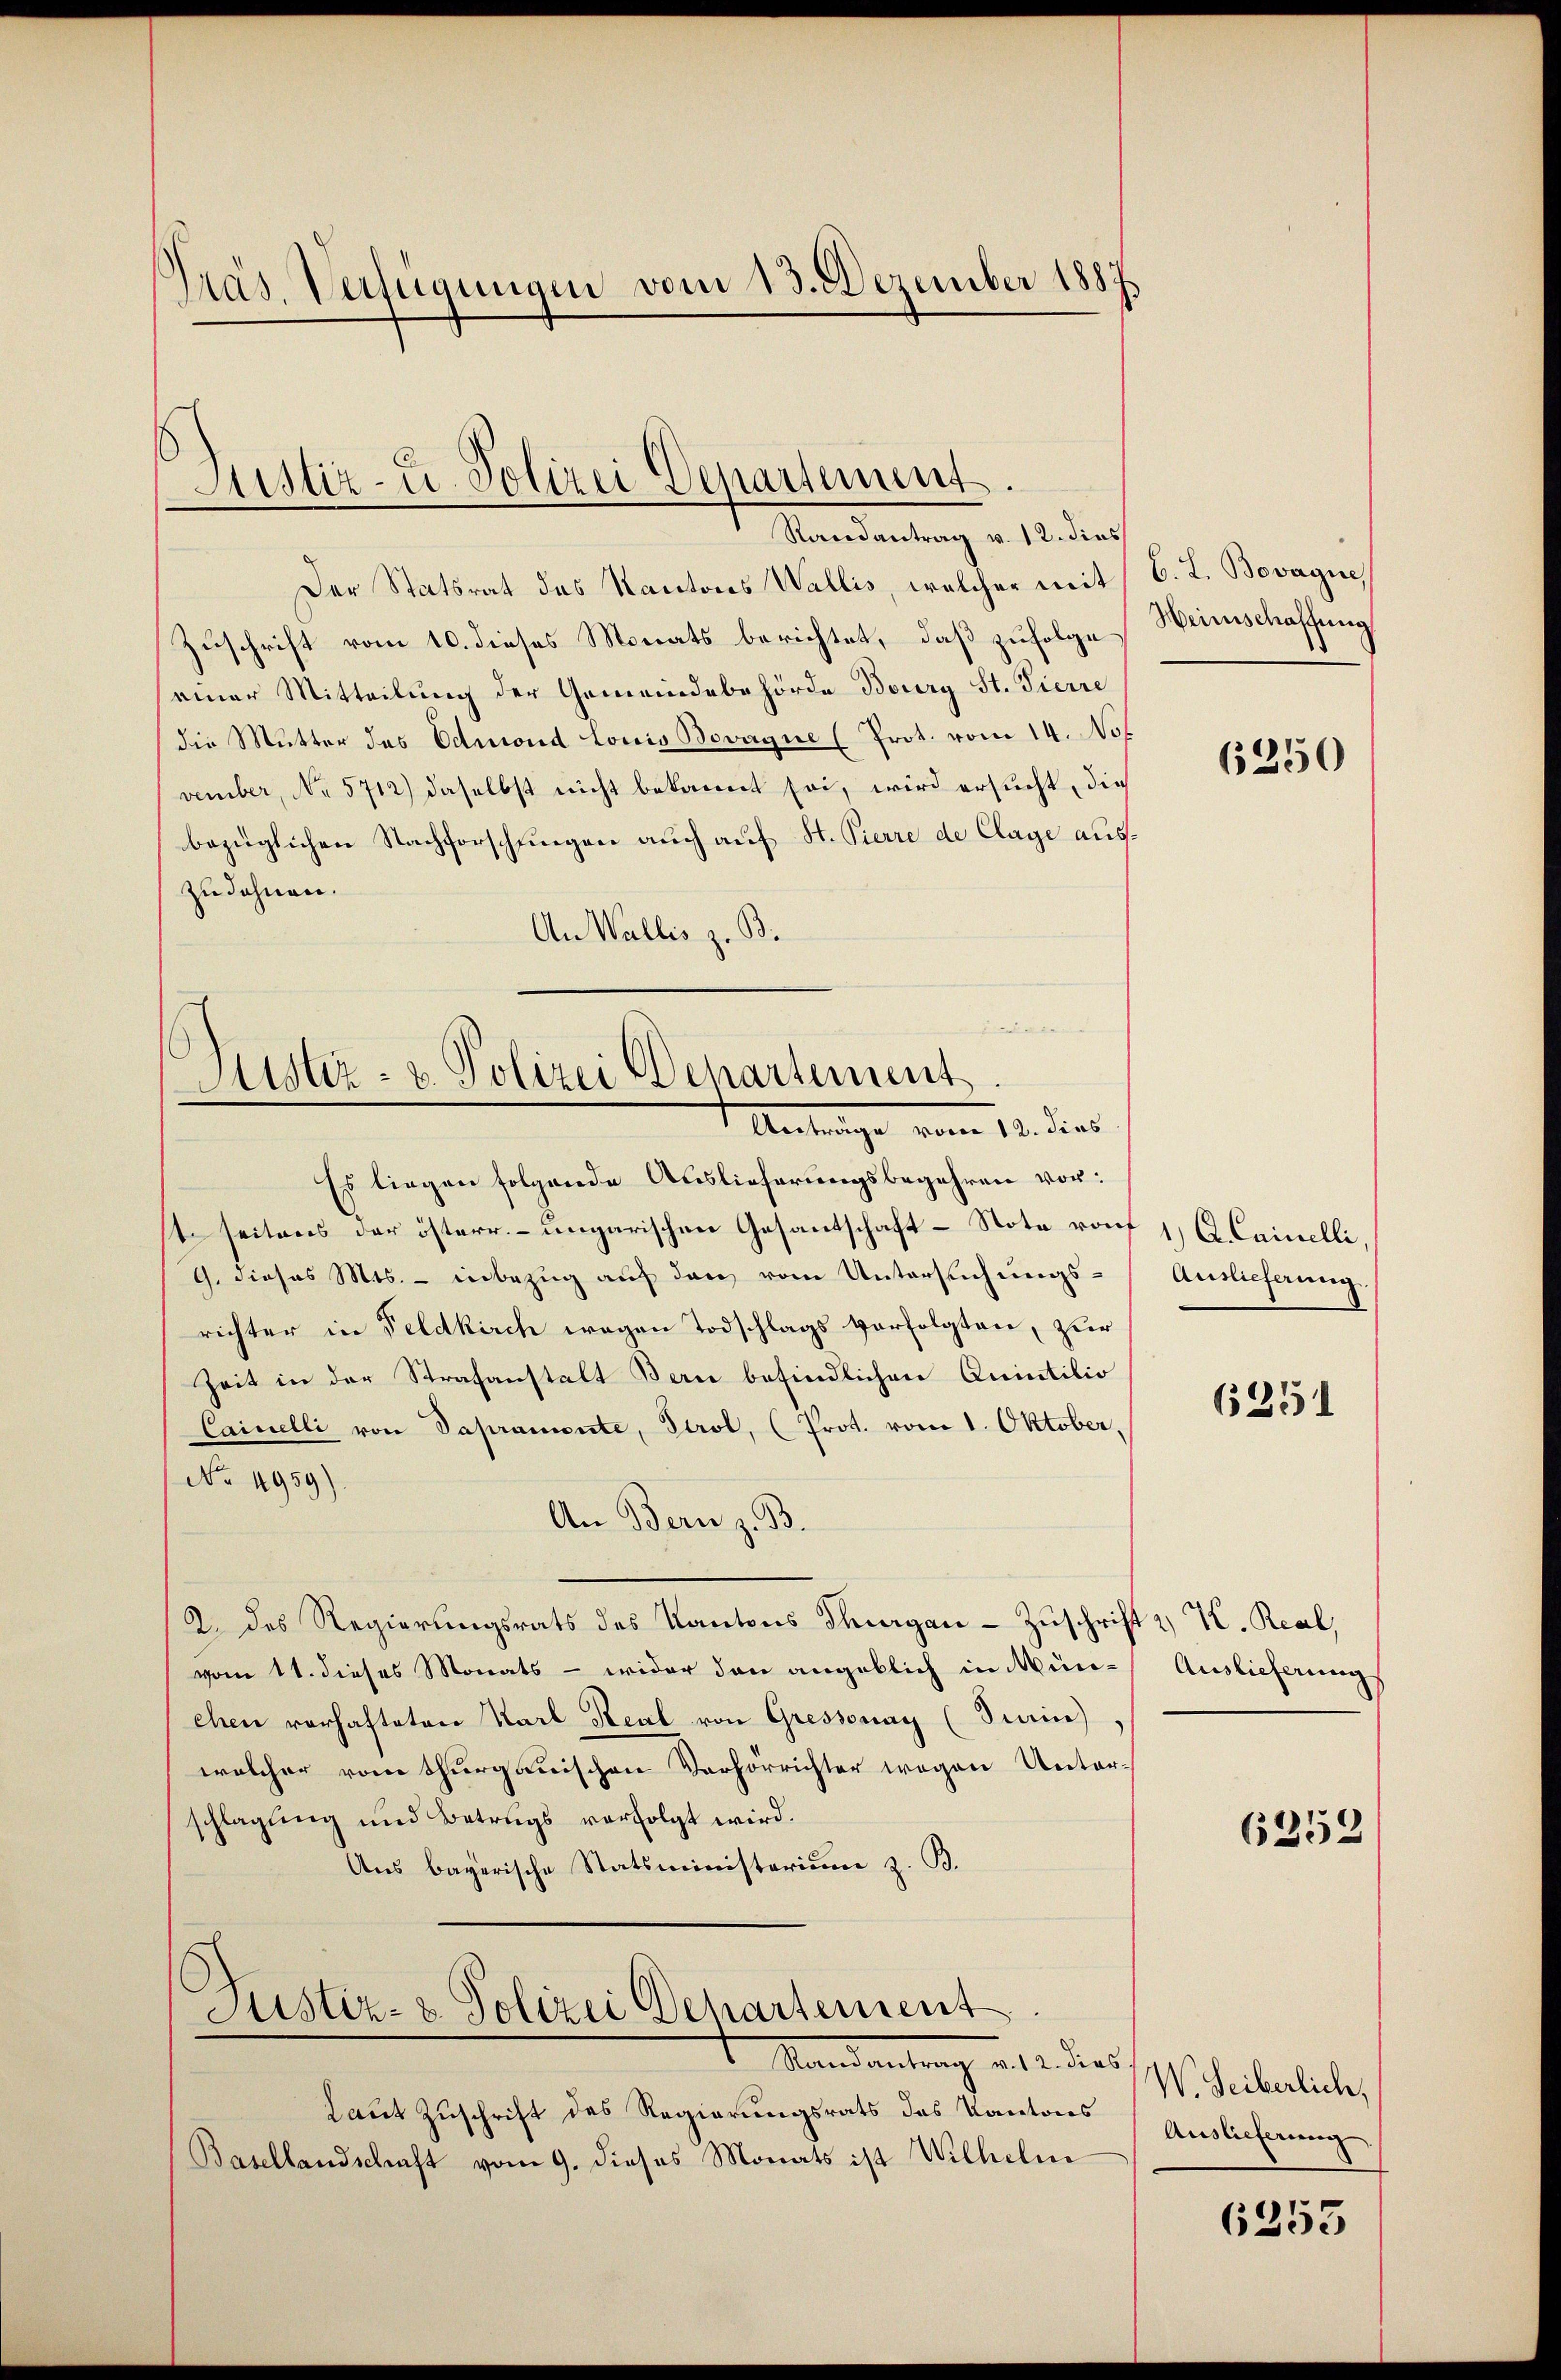
Präs. Verfügungen vom 13. Dezember 1887

Justiz- u. Polizei Departement.
Randantrag v. 12. dies

Der Statsrat des Kantons Wallis, welcher mit 6. J. Bovague,
Zuschrift vom 10. dieses Monats berichtet, daß zufolge
einer Mitteilung der Gemeindebehörde Boury St. Tierre
die Mutter des Edmond Louis Bevagne (Prot. vom 14. Not
vember, No 5712) daselbst nicht bekannt sei, wird ersucht, die
bezüglichen Nachforschungen auch auf St. Pierre de Clage auszudehnen.
An Wallis z. B.

Justiz- u. Polizei Departement
Antrage vom 10. dies

Es liegen folgende Auslieferungsbegehren vor:
t seitens der österr. ungarischen Gesantschaft - Note rauf 1, C. Cainelli
G. dieses Mts. - inbezug auf den vom Untersuchungsrichter in Feldkirch wegen Todschlags verfolgten, zur
Zeit in der Strafanstalt Bern befindlichen Quintilio
Cainelli von Sapramente, Tirol, (Prot. vom 1. Oktober,
No 4959).
An Bern z. B.
2. des Regierungsrats des Kantons Thurgan - Zuschrift 2 K. Real,
vom 11. dieses Monats - wider den angeblich in Mün- Auslieferungs
ehen vorhafteten Karl Real von Gressonay (Turin)
welcher vom Thurgauischen Verhörrichter wegen Unterschlagung und Betrugs verfolgt wird.
Aus bayerische Statsministerium z. B.

Justiz- & Polizei Departement

4 Mandantrag a. 12. dies
Laut Zuschrift des Regierungsrats des Kantons
Basellandschaft vom 9. dieses Monats ist Wilhelm

Heinschaffung

6250

Auslieferung.

6251

6252

W. Leiberlich,
Auslieferung

6253